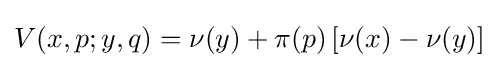
V(x,p;y,q)=\nu (y)+\pi (p)\left[\nu (x)-\nu (y)\right]